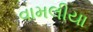
વામલીયા